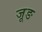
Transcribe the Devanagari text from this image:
जूङ